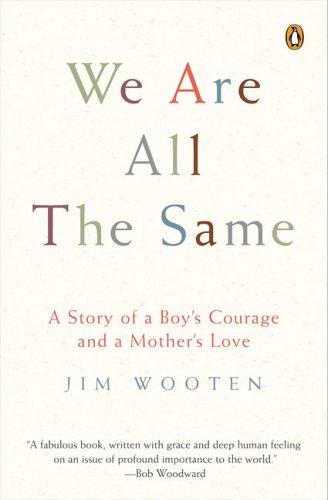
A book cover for We Are All the Same: A Story of a Boy's Courage and a Mother's Love; Jim Wooten; Health, Fitness & Dieting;